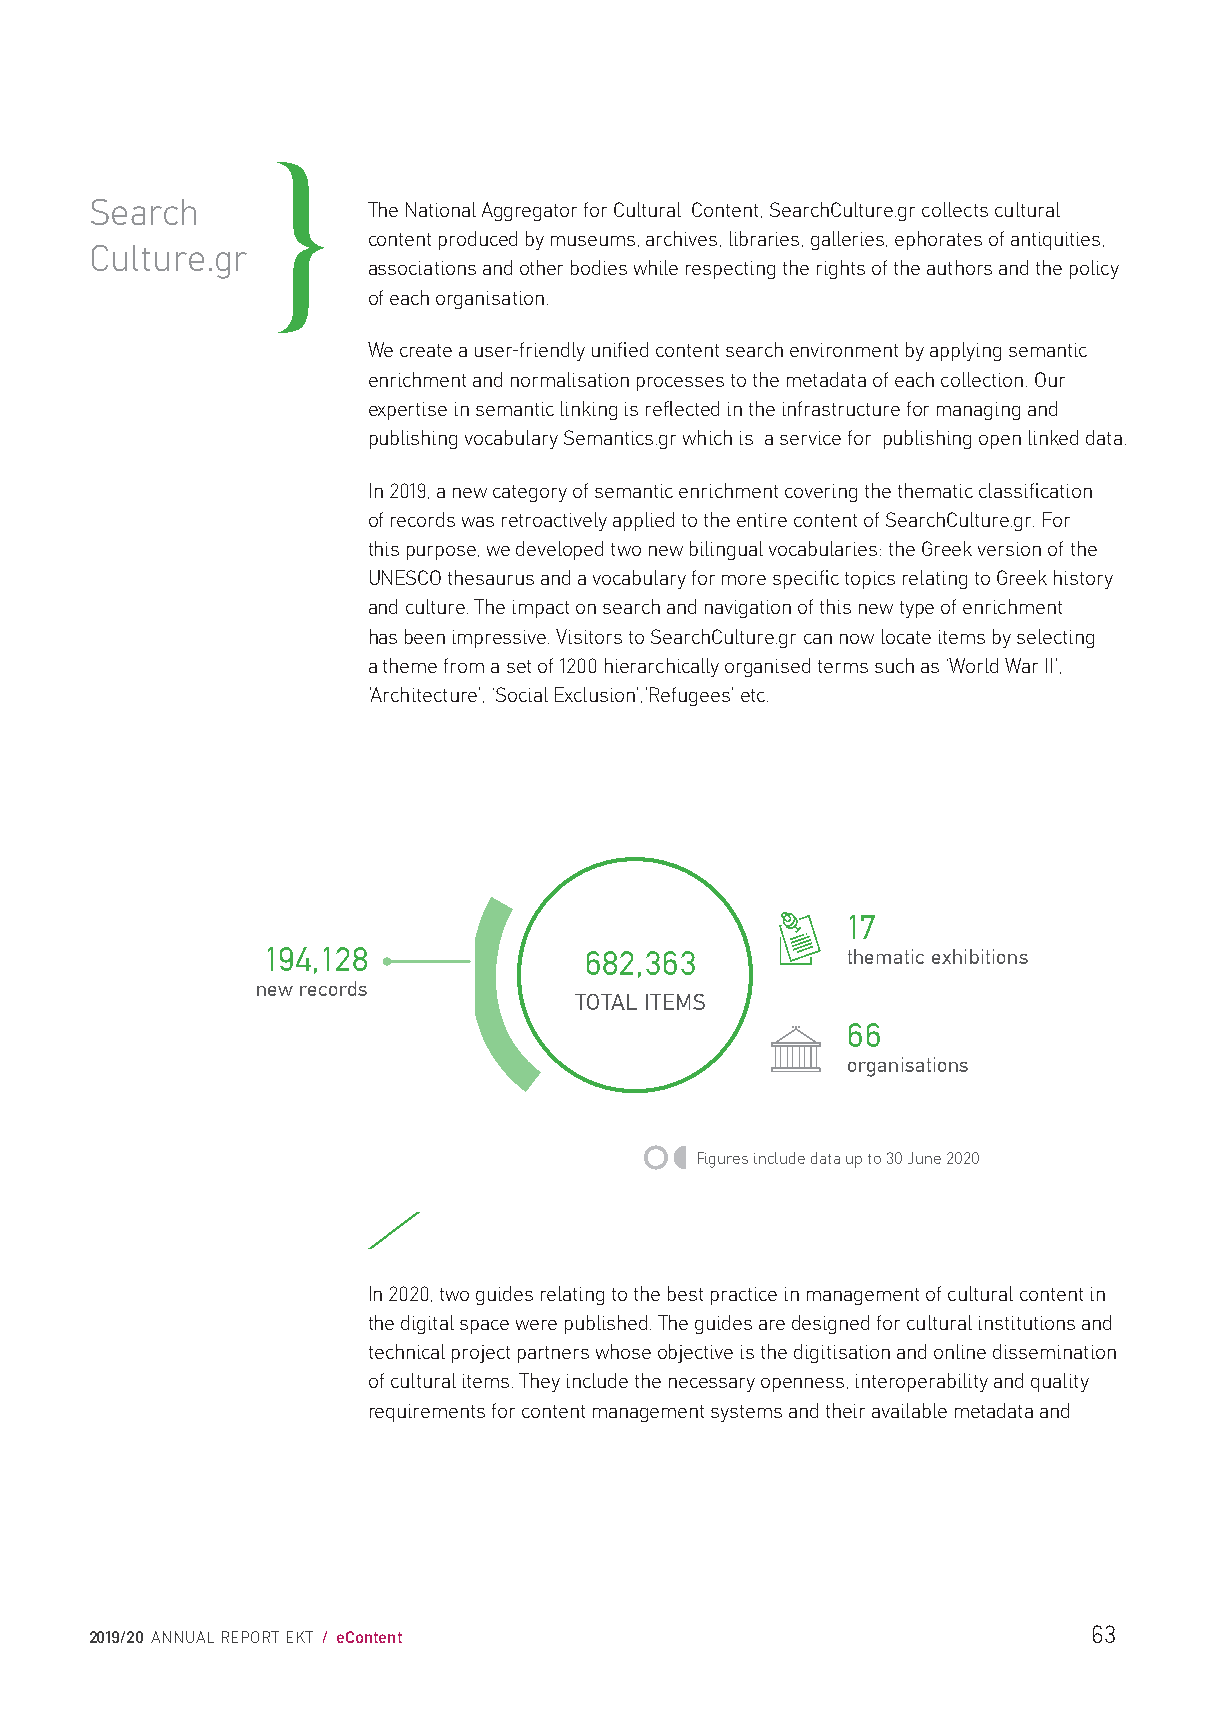
Search            The National Aggregator for Cultural Content, SearchCulture.gr collects cultural
 content produced by museums, archives, libraries, galleries, ephorates of antiquities,
 Culture.gr
 associations and other bodies while respecting the rights of the authors and the policy
 of each organisation.
 We create a user-friendly unified content search environment by applying semantic
 enrichment and normalisation processes to the metadata of each collection. Our
 expertise in semantic linking is reflected in the infrastructure for managing and
 publishing vocabulary Semantics.gr which is a service for publishing open linked data.
 In 2019, a new category of semantic enrichment covering the thematic classification
 of records was retroactively applied to the entire content of SearchCulture.gr. For
 this purpose, we developed two new bilingual vocabularies: the Greek version of the
 UNESCO thesaurus and a vocabulary for more specific topics relating to Greek history
 and culture. The impact on search and navigation of this new type of enrichment
 has been impressive. Visitors to SearchCulture.gr can now locate items by selecting
 a theme from a set of 1200 hierarchically organised terms such as ‘World War II’,
 ’Architecture’, ‘Social Exclusion’,’Refugees’ etc.
 17
 194,128              682,363          thematic exhibitions
 new records
 TOTAL ITEMS
 66
 organisations
 Figures include data up to 30 June 2020
 /
 In 2020, two guides relating to the best practice in management of cultural content in
 the digital space were published. The guides are designed for cultural institutions and
 technical project partners whose objective is the digitisation and online dissemination
 of cultural items. They include the necessary openness, interoperability and quality
 requirements for content management systems and their available metadata and
 63
 2019/20 ANNUAL REPORT EKT / eContent